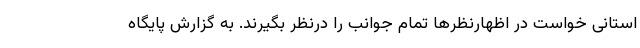
استانی خواست در اظهارنظرها تمام جوانب را درنظر بگیرند. به گزارش پایگاه